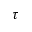
\tau